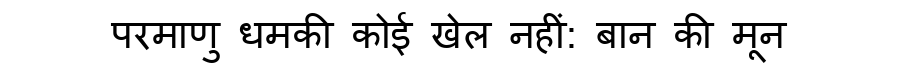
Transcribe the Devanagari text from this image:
परमाणु धमकी कोई खेल नहीं: बान की मून